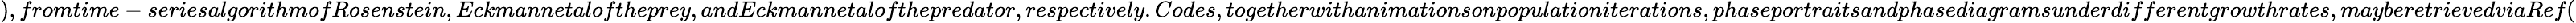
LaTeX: ),fromtime-seriesalgorithmofRosenstein,Eckmannetaloftheprey,andEckmannetalofthepredator,respectively.Codes,togetherwithanimationsonpopulationiterations,phaseportraitsandphasediagramsunderdifferentgrowthrates,mayberetrievedviaRef(